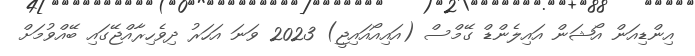
އިންޑިއަން އޯޝަން އައިލެންޑް ގޭމްސް (އައިއޯއައިޖީ) 2023 ވަނަ އަހަރު ދިވެހިރާއްޖޭގައި ބޭއްވުމަށް